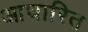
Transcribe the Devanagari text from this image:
आघारित